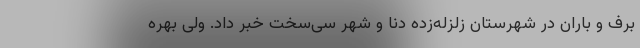
برف و باران در شهرستان زلزله‌زده دنا و شهر سی‌سخت خبر داد. ولی بهره